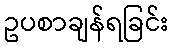
ဥပစာချန်ရခြင်း